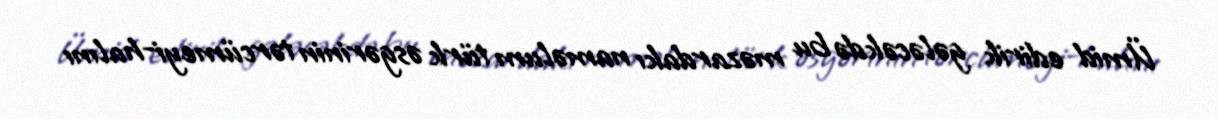
Ümid edirik gələcəkdə bu məzardakı naməlum türk əsgərinin tərcümeyi-halını